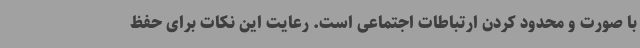
با صورت و محدود کردن ارتباطات اجتماعی است. رعایت این نکات برای حفظ